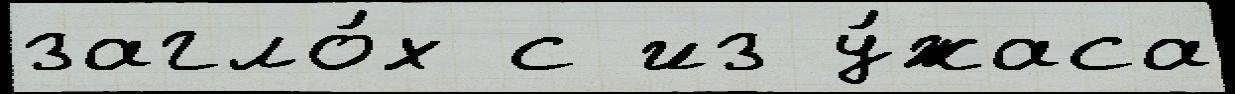
загло́х с из у́жаса